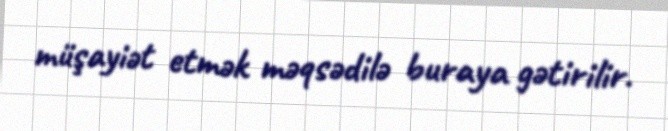
müşayiət etmək məqsədilə buraya gətirilir.